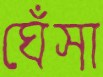
ঘেঁসা